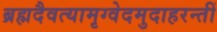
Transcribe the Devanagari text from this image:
ब्रह्मदैवत्यामृग्वेदमुदाहरन्तीं